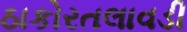
ઠાકોરતલાવડી